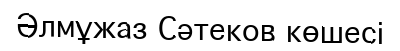
Әлмұжаз Сәтеков көшесі